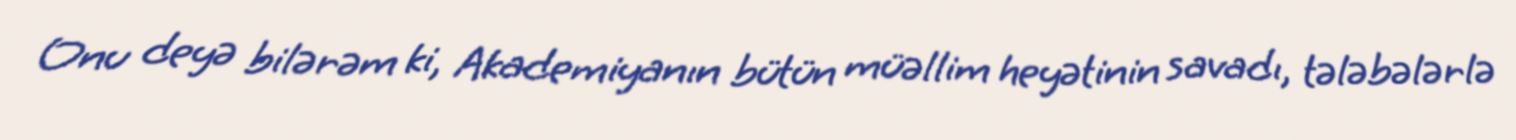
Onu deyə bilərəm ki, Akademiyanın bütün müəllim heyətinin savadı, tələbələrlə